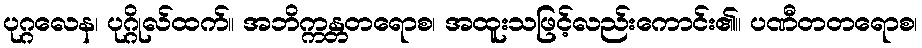
ပုဂ္ဂလေန၊ ပုဂ္ဂိုလ်ထက်။ အဘိက္ကန္တတရောစ၊ အထူးသဖြင့်လည်းကောင်း၏။ ပဏီတတရောစ၊